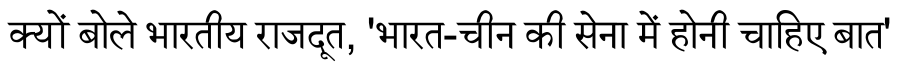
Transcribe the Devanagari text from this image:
क्यों बोले भारतीय राजदूत, 'भारत-चीन की सेना में होनी चाहिए बात'